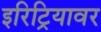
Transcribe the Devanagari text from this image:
इरिट्रियावर